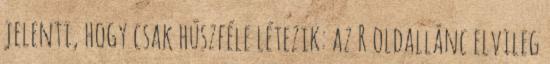
jelenti, hogy csak húszféle létezik: az R oldallánc elvileg